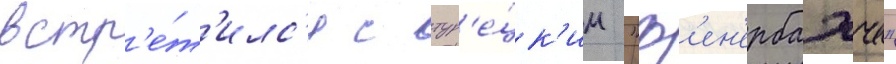
встр'е́т'илс'я с тур'е́цк'им "ф'ен'ербахче"